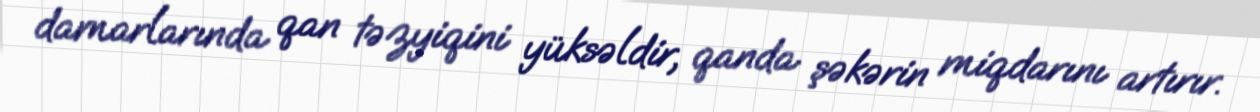
damarlarında qan təzyiqini yüksəldir, qanda şəkərin miqdarını artırır.